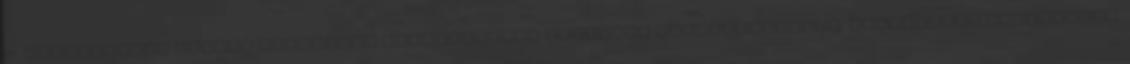
17. Szombatlast minute fogadások Magyarország egyetlen sportnapilapja. Negyedéves előfizetés.